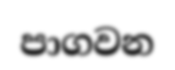
පාගවන